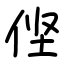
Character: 㑠